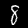
Digit: 8